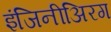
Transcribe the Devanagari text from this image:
इंजिनीअिरग